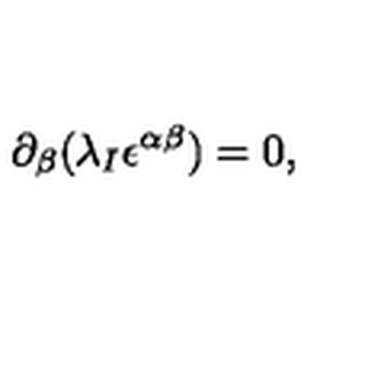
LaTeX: \partial _ { \beta } ( \lambda _ { I } \epsilon ^ { \alpha \beta } ) = 0 ,